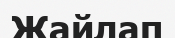
Жайлап